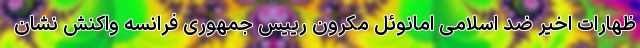
ظهارات اخیر ضد اسلامی امانوئل مکرون رییس جمهوری فرانسه واکنش نشان